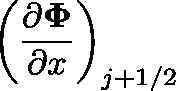
\left( \frac { \partial \mathbf { \Phi } } { \partial x } \right) _ { j + 1 / 2 }